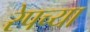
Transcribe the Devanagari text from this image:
रेपच्या